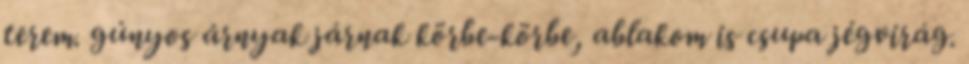
terem. gúnyos árnyak járnak körbe-körbe, ablakom is csupa jégvirág.